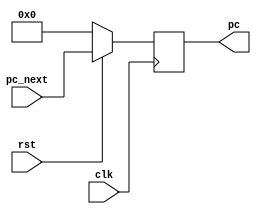
module pc(clk,rst,pc,pc_next);
input clk,rst;
input [31:0]pc_next;
output reg[31:0]pc;

always@(posedge clk)
begin
if(rst)
    pc<=pc_next;
else 
    pc<=32'b0;
end
endmodule